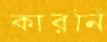
কারনি